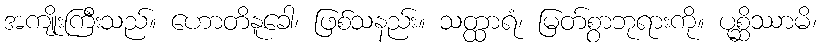
အကျိုးကြီးသည်။ ဟောတိနူခေါ၊ ဖြစ်သနည်း။ သတ္ထာရံ၊ မြတ်စွာဘုရားကို။ ပုစ္ဆိဿာမိ၊